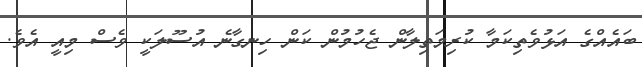
ބައެއްގެ އަޅުވެތިކަމާ ކުރިމަތިލާން ޖެހުމުން ކަން ހިނގާނެ އުސޫލަކީ ވެސް މިއީ އެވެ.